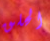
الحلق